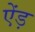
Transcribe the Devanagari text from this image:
ऐंड़